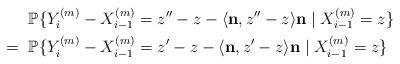
LaTeX: \begin{align*}&{\mathbb P}\{Y_i^{(m)}-X_{i-1}^{(m)}=z''-z-\langle {\bf n},z''-z\rangle {\bf n} \mid X_{i-1}^{(m)}=z\}\\=~&{\mathbb P}\{Y_i^{(m)}-X_{i-1}^{(m)}=z'-z-\langle {\bf n},z'-z\rangle {\bf n} \mid X_{i-1}^{(m)}=z\}\end{align*}